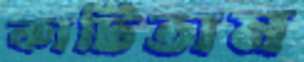
কাটিতাম